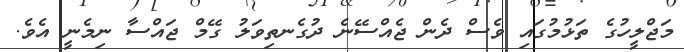
މަޖްލީހުގެ ތަޅުމުގައި ވެސް ދެން ޖެއްސޭނެ ދުގެނތިވަލު ގޭމް ޖައްސާ ނިމެނީ އެވެ.